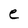
Character: e